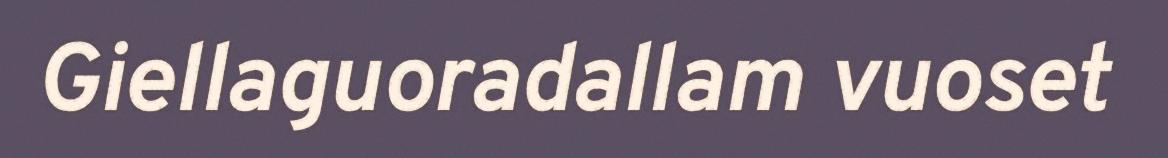
Giellaguoradallam vuoset